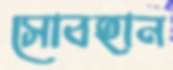
সোবহান